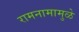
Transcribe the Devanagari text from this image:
रामनामामुळे